Report of the King Institute of Preventive Medicine, Guindy
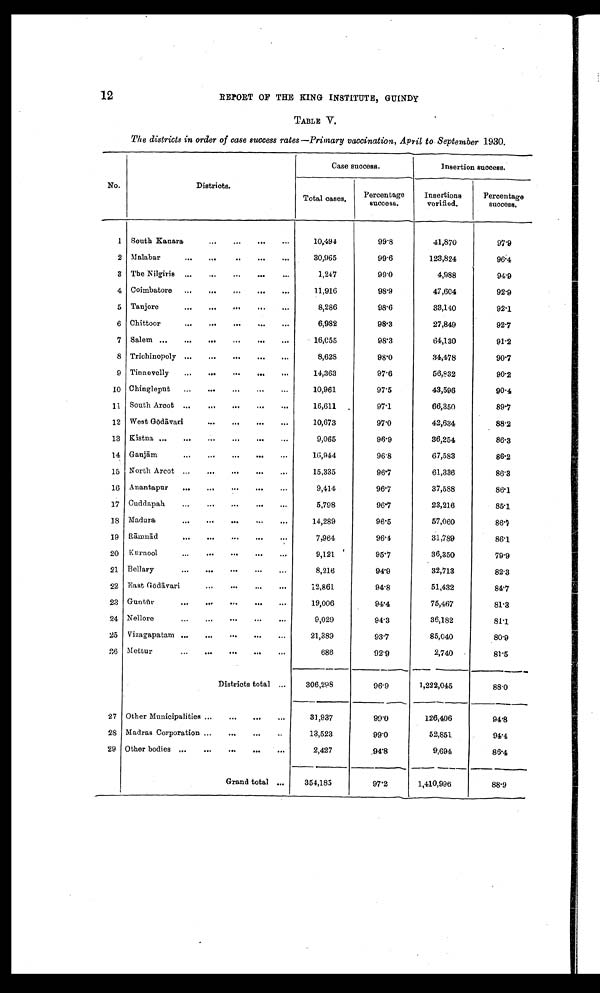
12
REPORT OF THE KING INSTITUTE, GUINDY
TABLE V.
The districts in order of case success rates-Primary vaccination, April to September 1930.
No.
Districts.
Case success.
Insertion success.
Total cases,
Percentage
success.
Insertions
vorified.
Percentage
success.
1 South Kanara
10,494
99.8
41,870
97.9
2 Malabar
30,965
99.6
123,824
96.4
3 The Nilgiris
1,247
99.0
4,988
94.9
4 Coimbatore
11,916
98.9
47,604
92.9
5 Tanjore
8,286
98.6
33,140
92.1
6 Chittoor
6,982
98.3
27,849
92.7
7 Salem
16,055
98.3
64,130
91.2
8 Trichinopoly
8,62S
98.0
34,478
90.7
9 Tinnevelly
14,363
97.6
56,832
90.2
10 Chingleput
10,961
97.5
43,596
90.4
11 South Arcot
16,611
97.1
66,350
89.7
12 West Gōdā vari
10,673
97.0
42,634
88.2
13 Kistna
9,065
96.9
36,254
86.3
1 4 Ganjā m
16,944
96.8
67,583
88.2
15 North Arcot
15,335
96.7
61,336
86.3
16 Anantapur
9,414
96.7
37,588
86.1
17 Cuddapah
5,798
96.7
23,216
85.1
18 Madura
14,289
96.5
57,060
86.1
19 Rāmnā d
7,964
96.4
31,789
86.1
20 Kurnool
9,121
95.7
36,350
79.9
21 Bellary
8,216
94.9
32,713
82.3
22 East Gōdā vari
12,861
94.8
51,432
84.7
23 Guntū r
19,006
94.4
75,467
81.3
24 Nellore
9,029
94.3
36,182
81.1
25 Vizagapatam
21,389
93.7
85,040
80.9
26 Mettur
686
92.9
2,740
81.5
Districts total
306,298
96.9
1,222,045
88.0
27 Other Municipalities
31,937
99.0
126,406
94.8
28 Madras Corporation
13,523
99.0
52,851
94.4
29 Other bodies
2,427
94.8
9,694
86.4
Grand total
354,185
97.2
1,410,996
88.9